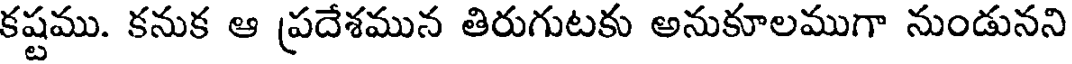
కష్టము. కనుక ఆ ప్రదేశమున తిరుగుటకు అనుకూలముగా నుండునని